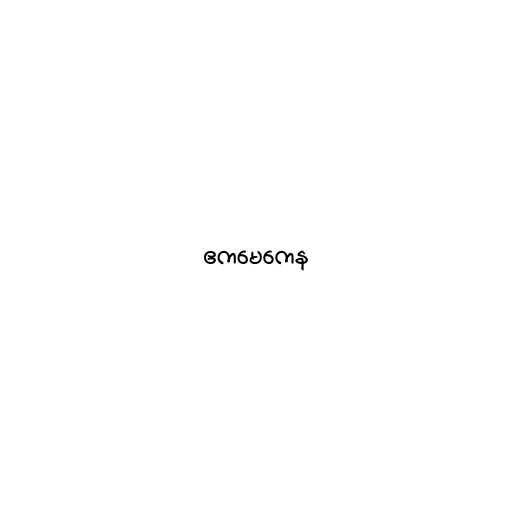
ဧကမေကေန